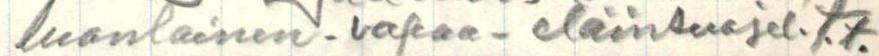
luontainen - vapaa - eläinsuojel.t.t.